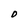
Character: O